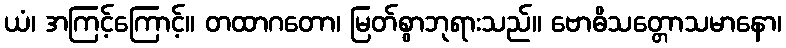
ယံ၊ အကြင့်ကြောင့်။ တထာဂတော၊ မြတ်စွာဘုရားသည်။ ဗောဓိသတ္တောသမာနော၊